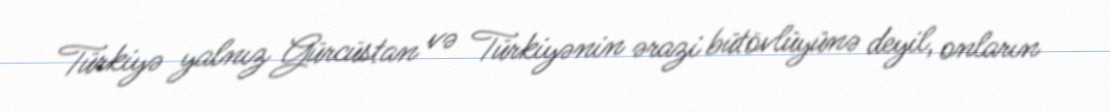
Türkiyə yalnız Gürcüstan və Türkiyənin ərazi bütövlüyünə deyil, onların